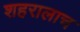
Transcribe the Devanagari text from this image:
शहरालाच